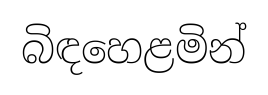
බිඳහෙළමින්